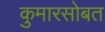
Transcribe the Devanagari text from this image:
कुमारसोबत